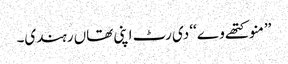
’’منو کتھے وے‘‘ دی رٹ اپنی تھاں رہندی۔